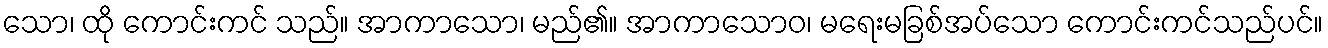
သော၊ ထို ကောင်းကင် သည်။ အာကာသော၊ မည်၏။ အာကာသောဝ၊ မရေးမခြစ်အပ်သော ကောင်းကင်သည်ပင်။